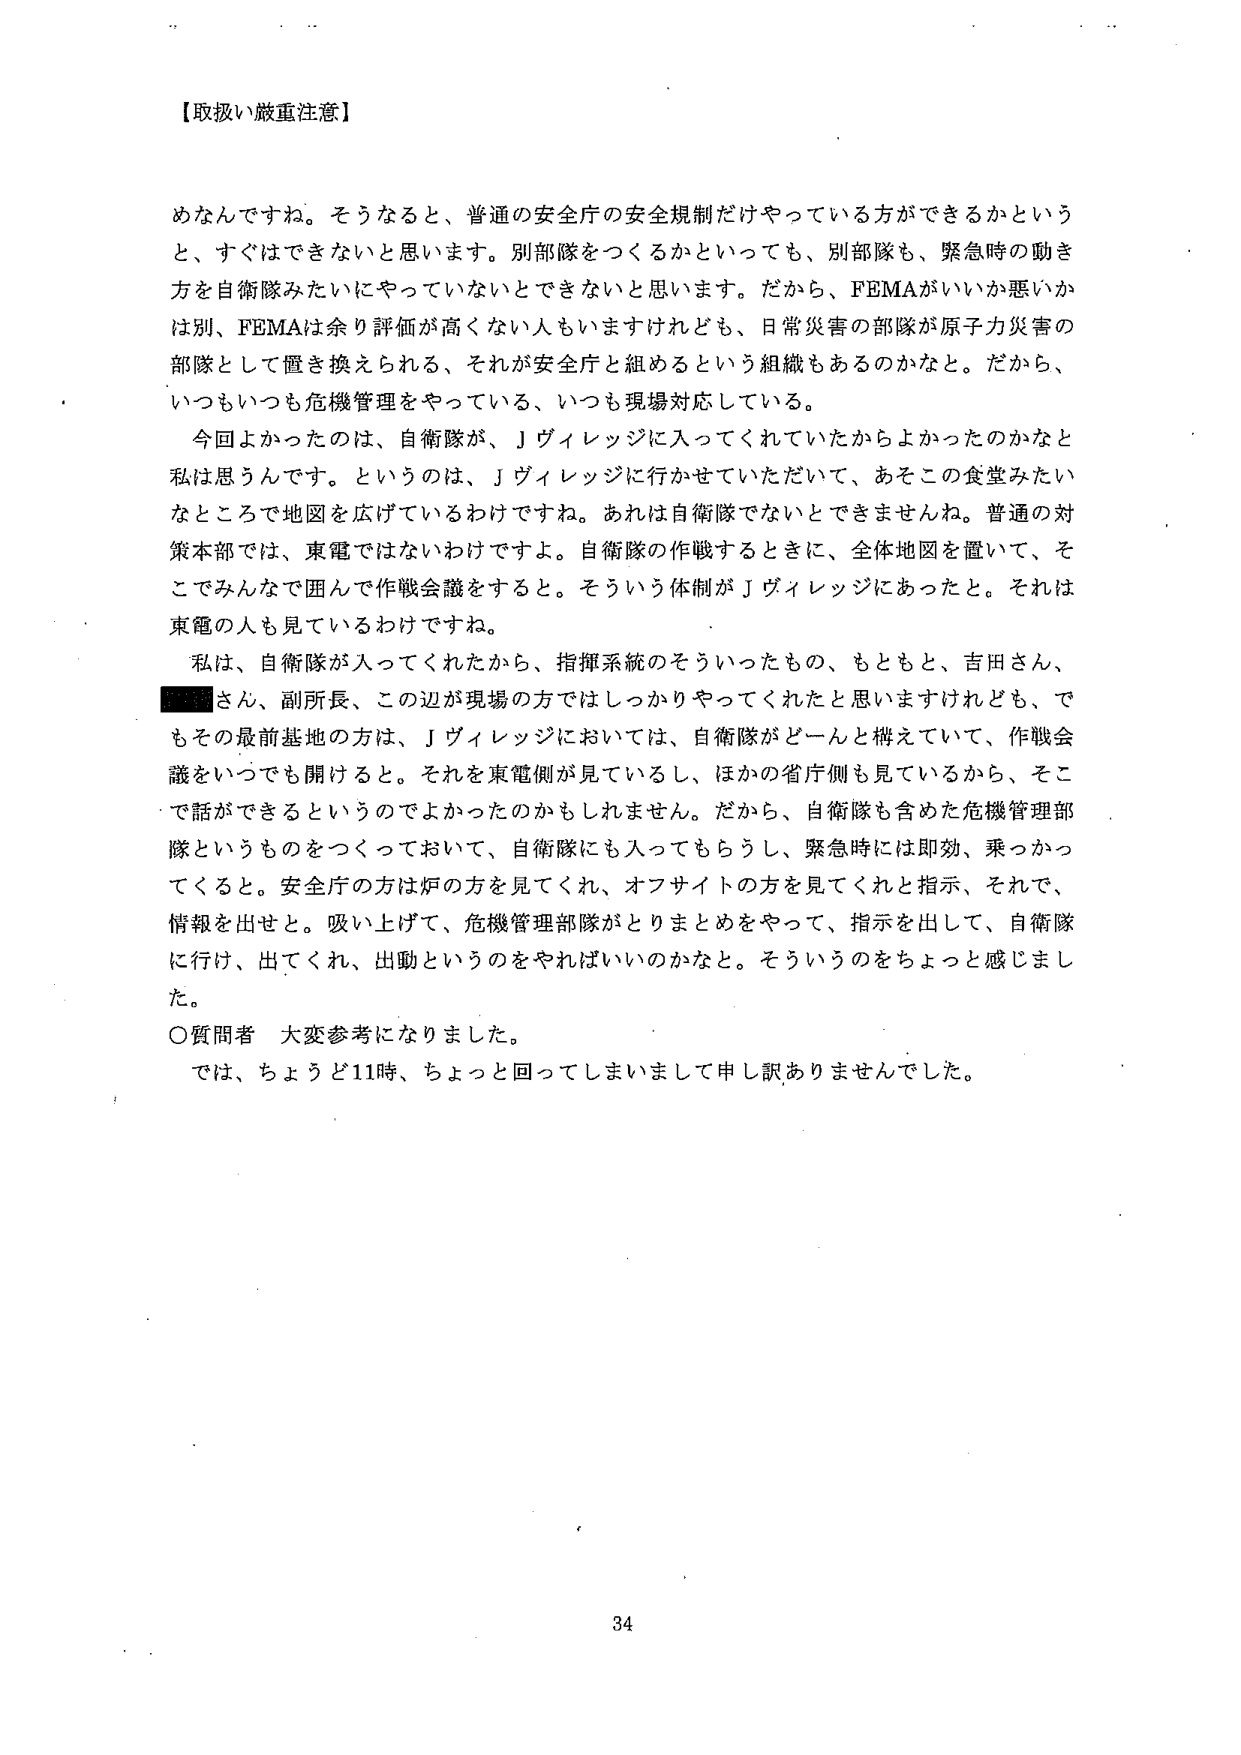
【取扱い厳重注意】

めなんです。そうなると、普通の安全庁の安全規制だけやってている方ができるかというと、すぐはできないと思います。別部隊をつくるかといっても、別部隊も、緊急時の働き方を自衛隊みたいにやっていないとできないと思います。だから、FEMAがいいか悪いかは別、FEMAは余り評価が高くない人もいますけれども、日常災害の部隊が原子力災害の部隊として置き換えられる、それが安全庁と組めるという組織もあるのかなと。だから、いつもいつも危機管理をやっている、いつも現場対応している。

今回よかったのは、自衛隊が、Ｊヴィレッジに入ってくれていたからよかったのかなと私は思うんです。というのは、Ｊヴィレッジに行かせていただいて、あそこの食堂みたいなところで地図を広げているわけですね。あれは自衛隊でないとできませんね。普通の対策本部では、東電ではないわけですよ。自衛隊の作戦するときに、全体地図を置いて、そこでみんなで囲んで作戦会議をする。そういう体制がＪヴィレッジにあったと。それは東電の人も見ているわけですね。

私は、自衛隊が入ってくれたから、指揮系統のそういったもの、もともと、吉田さん、■■■さん、副所長、この辺が現場の方ではしっかりやってくれたと思いますけれども、でもその最前基地の方は、Ｊヴィレッジにおいては、自衛隊がどーんと構えていて、作戦会議をいつでも開けると。それを東電側が見ているし、ほかの省庁側も見ているから、そこで話ができるというのでよかったのかもしれません。だから、自衛隊も含めた危機管理部隊というものをつくっておいて、自衛隊にも入ってもらうし、緊急時には即効、乗っかってくると。安全庁の方は炉の方を見ててくれ、オフサイトの方を見ててくれと指示、それで、情報を出せと。吸い上げて、危機管理部隊がとりまとめをやって、指示を出して、自衛隊に行け、出てくれ、出動というのをやればいいのかなと。そういうのをちょっと感じました。

〇質問者 大変参考になりました。

では、ちょうど11時、ちょっと回ってしまいましたで申し訳ありませんでした。

34